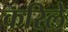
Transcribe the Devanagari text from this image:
करिले